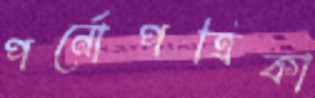
পর্নোপত্রিকা